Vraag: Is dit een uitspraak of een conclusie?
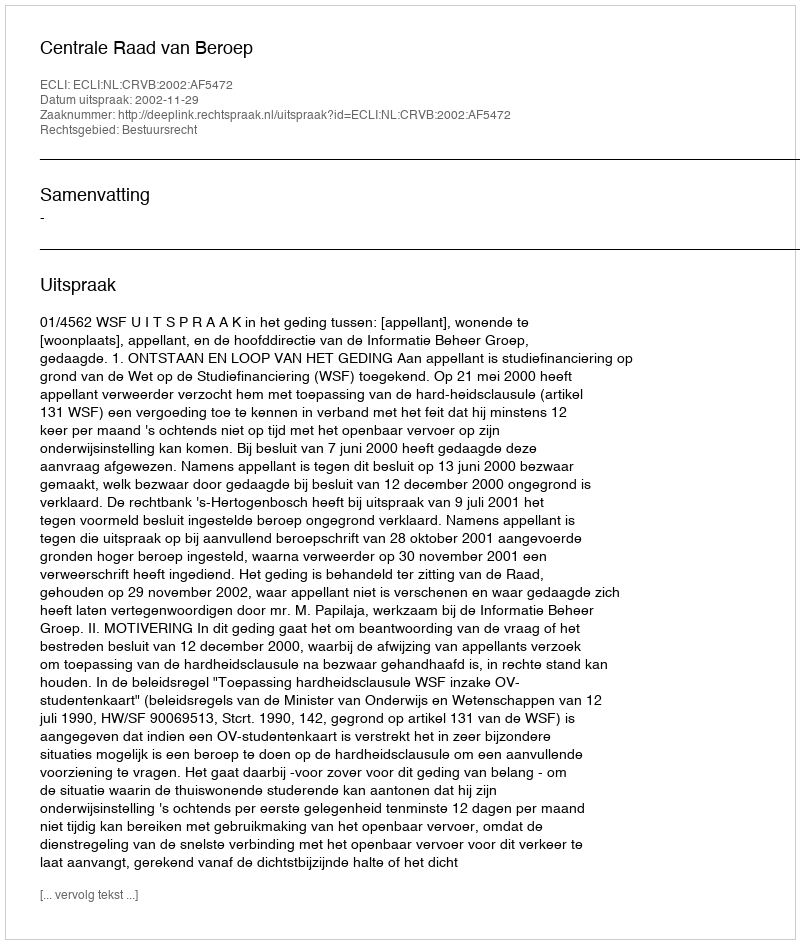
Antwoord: Uitspraak